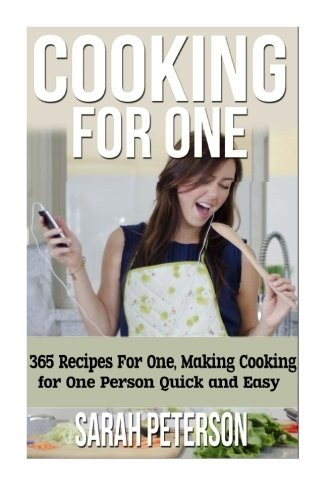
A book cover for Cooking for One: 365 Recipes For One, Quick and Easy Recipes; Sarah Peterson; Cookbooks, Food & Wine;